Language: tamil
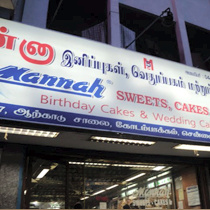
Transcription: இனிப்புகள் ஆற்காடு